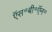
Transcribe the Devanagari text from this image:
ऍस॰बी॰ऍन॰